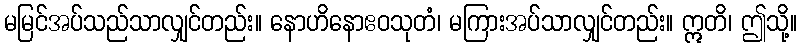
မမြင်အပ်သည်သာလျှင်တည်း။ နောဟိနောဧဝသုတံ၊ မကြားအပ်သာလျှင်တည်း။ ဣတိ၊ ဤသို့။